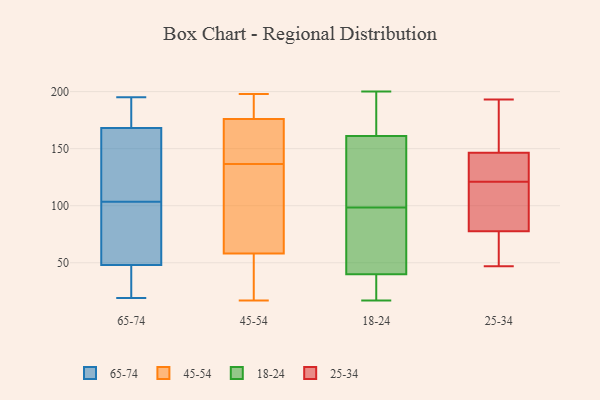
{"axis": {"x": "Revenue (USD Million)", "y": "Value"}, "legend": ["18-24", "25-34", "45-54", "65-74"], "data": [{"x": "", "y": 102, "type": "65-74"}, {"x": "", "y": 105, "type": "65-74"}, {"x": "", "y": 67, "type": "65-74"}, {"x": "", "y": 45, "type": "65-74"}, {"x": "", "y": 24, "type": "65-74"}, {"x": "", "y": 168, "type": "65-74"}, {"x": "", "y": 185, "type": "65-74"}, {"x": "", "y": 48, "type": "65-74"}, {"x": "", "y": 108, "type": "65-74"}, {"x": "", "y": 57, "type": "65-74"}, {"x": "", "y": 189, "type": "65-74"}, {"x": "", "y": 154, "type": "65-74"}, {"x": "", "y": 195, "type": "65-74"}, {"x": "", "y": 19, "type": "65-74"}, {"x": "", "y": 195, "type": "45-54"}, {"x": "", "y": 58, "type": "45-54"}, {"x": "", "y": 70, "type": "45-54"}, {"x": "", "y": 198, "type": "45-54"}, {"x": "", "y": 17, "type": "45-54"}, {"x": "", "y": 115, "type": "45-54"}, {"x": "", "y": 162, "type": "45-54"}, {"x": "", "y": 30, "type": "45-54"}, {"x": "", "y": 176, "type": "45-54"}, {"x": "", "y": 158, "type": "45-54"}, {"x": "", "y": 196, "type": "18-24"}, {"x": "", "y": 102, "type": "18-24"}, {"x": "", "y": 186, "type": "18-24"}, {"x": "", "y": 17, "type": "18-24"}, {"x": "", "y": 189, "type": "18-24"}, {"x": "", "y": 136, "type": "18-24"}, {"x": "", "y": 39, "type": "18-24"}, {"x": "", "y": 34, "type": "18-24"}, {"x": "", "y": 93, "type": "18-24"}, {"x": "", "y": 95, "type": "18-24"}, {"x": "", "y": 41, "type": "18-24"}, {"x": "", "y": 36, "type": "18-24"}, {"x": "", "y": 128, "type": "18-24"}, {"x": "", "y": 49, "type": "18-24"}, {"x": "", "y": 129, "type": "18-24"}, {"x": "", "y": 200, "type": "18-24"}, {"x": "", "y": 57, "type": "25-34"}, {"x": "", "y": 138, "type": "25-34"}, {"x": "", "y": 193, "type": "25-34"}, {"x": "", "y": 47, "type": "25-34"}, {"x": "", "y": 104, "type": "25-34"}, {"x": "", "y": 144, "type": "25-34"}, {"x": "", "y": 149, "type": "25-34"}, {"x": "", "y": 72, "type": "25-34"}, {"x": "", "y": 89, "type": "25-34"}, {"x": "", "y": 152, "type": "25-34"}, {"x": "", "y": 138, "type": "25-34"}, {"x": "", "y": 83, "type": "25-34"}]}